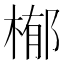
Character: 㮋